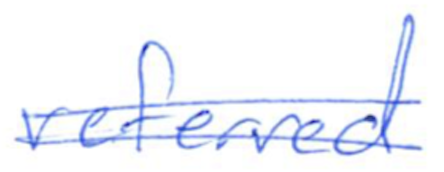
Text: referred
Cross-out: double-line
Writing tool: ballpoint